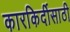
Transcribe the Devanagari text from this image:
कारकिर्दीसाठी